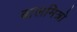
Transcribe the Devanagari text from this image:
बालमित्रो